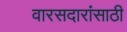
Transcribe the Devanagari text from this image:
वारसदारांसाठी